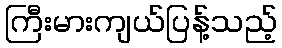
ကြီးမားကျယ်ပြန့်သည့်